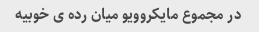
در مجموع مایکروویو میان رده ی خوبیه